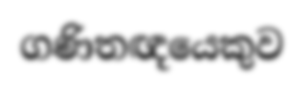
ගණිතඥයෙකුව